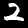
Digit: 2